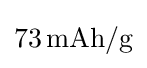
{73\,\mathrm {mAh} /\mathrm {g} }